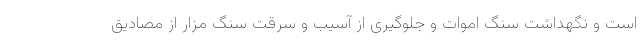
است و نگهداشت سنگ اموات و جلوگیری از آسیب و سرقت سنگ مزار از مصادیق